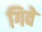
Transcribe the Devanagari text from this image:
गिवे